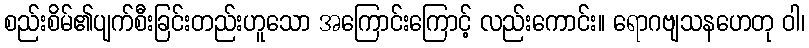
စည်းစိမ်၏ပျက်စီးခြင်းတည်းဟူသော အကြောင်းကြောင့် လည်းကောင်း။ ရောဂဗျသနဟေတု ဝါ၊